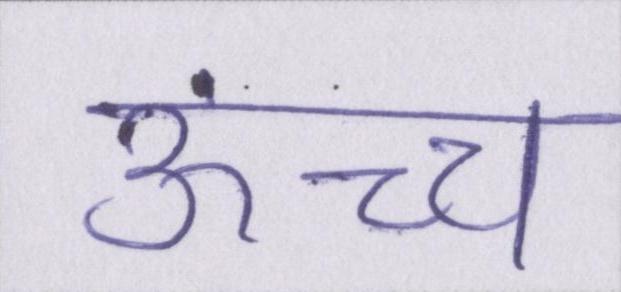
ऊंच्च